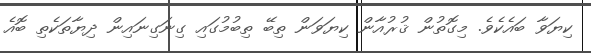
ކިޔަވާ ބައެކެވެ. މިގޮތުން ޤުރުއާން ކިޔަވަން ތިބޭ ތިބުމުގައި ގިނަގިނައިން ދިޔާތަކެތި ބޮއެ